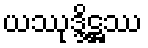
ယဿုဒ္ဒိဋ္ဌဿ